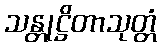
သန္တုဋ္ဌိတာသုတ္တံ